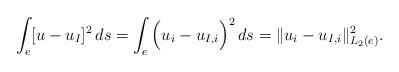
LaTeX: \begin{align*}\int_e [ u - u_I ]^2\, ds= \int_e \Big( u_i - u_{I,i} \Big)^2\, ds= \|u_i - u_{I,i} \|_{L_2(e)}^2.\end{align*}